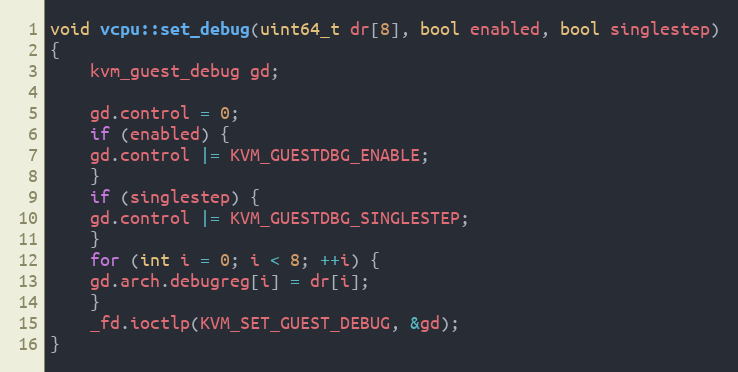
Language: C++
void vcpu::set_debug(uint64_t dr[8], bool enabled, bool singlestep)
{
    kvm_guest_debug gd;

    gd.control = 0;
    if (enabled) {
	gd.control |= KVM_GUESTDBG_ENABLE;
    }
    if (singlestep) {
	gd.control |= KVM_GUESTDBG_SINGLESTEP;
    }
    for (int i = 0; i < 8; ++i) {
	gd.arch.debugreg[i] = dr[i];
    }
    _fd.ioctlp(KVM_SET_GUEST_DEBUG, &gd);
}